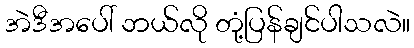
အဲဒီအပေါ် ဘယ်လို တုံ့ပြန်ချင်ပါသလဲ။